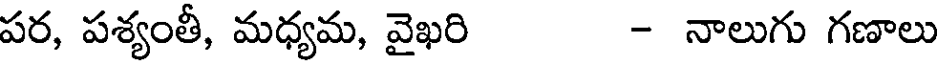
పర, పశ్యంతీ, మధ్యమ, వైఖరి - నాలుగు గణాలు